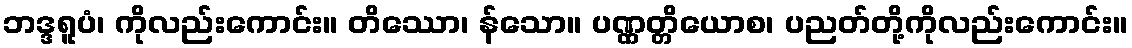
ဘဒ္ဒရူပံ၊ ကိုလည်းကောင်း။ တိဿော၊ န်သော။ ပဏ္ဏတ္တိယောစ၊ ပညတ်တို့ကိုလည်းကောင်း။